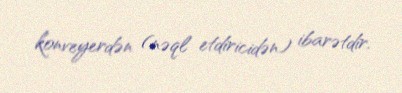
konveyerdən (nəql etdiricidən) ibarətdir.